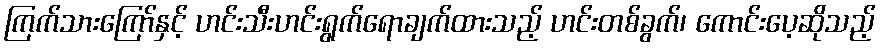
ကြက်သားကြော်နှင့် ဟင်းသီးဟင်းရွက်ရောချက်ထားသည့် ဟင်းတစ်ခွက်၊ ကောင်းပေ့ဆိုသည့်